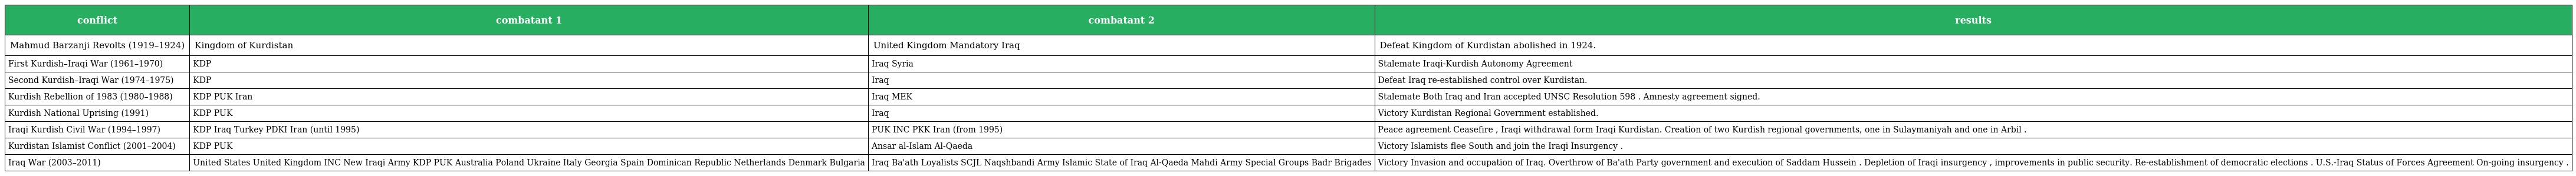
| conflict | combatant 1 | combatant 2 | results |
 | --- | --- | --- | --- |
 | Mahmud Barzanji Revolts (1919–1924) | Kingdom of Kurdistan | United Kingdom Mandatory Iraq | Defeat Kingdom of Kurdistan abolished in 1924. |
 | First Kurdish–Iraqi War (1961–1970) | KDP | Iraq Syria | Stalemate Iraqi-Kurdish Autonomy Agreement |
 | Second Kurdish–Iraqi War (1974–1975) | KDP | Iraq | Defeat Iraq re-established control over Kurdistan. |
 | Kurdish Rebellion of 1983 (1980–1988) | KDP PUK Iran | Iraq MEK | Stalemate Both Iraq and Iran accepted UNSC Resolution 598 . Amnesty agreement signed. |
 | Kurdish National Uprising (1991) | KDP PUK | Iraq | Victory Kurdistan Regional Government established. |
 | Iraqi Kurdish Civil War (1994–1997) | KDP Iraq Turkey PDKI Iran (until 1995) | PUK INC PKK Iran (from 1995) | Peace agreement Ceasefire , Iraqi withdrawal form Iraqi Kurdistan. Creation of two Kurdish regional governments, one in Sulaymaniyah and one in Arbil . |
 | Kurdistan Islamist Conflict (2001–2004) | KDP PUK | Ansar al-Islam Al-Qaeda | Victory Islamists flee South and join the Iraqi Insurgency . |
 | Iraq War (2003–2011) | United States United Kingdom INC New Iraqi Army KDP PUK Australia Poland Ukraine Italy Georgia Spain Dominican Republic Netherlands Denmark Bulgaria | Iraq Ba'ath Loyalists SCJL Naqshbandi Army Islamic State of Iraq Al-Qaeda Mahdi Army Special Groups Badr Brigades | Victory Invasion and occupation of Iraq. Overthrow of Ba'ath Party government and execution of Saddam Hussein . Depletion of Iraqi insurgency , improvements in public security. Re-establishment of democratic elections . U.S.-Iraq Status of Forces Agreement On-going insurgency . |